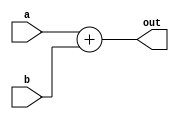
`timescale 1ns / 1ps
//////////////////////////////////////////////////////////////////////////////////
// Adder.v
//
// Created for Dr. Akoglu's Reconfigurable Computing Lab
//  at the University of Arizona
// 
// A simple adder.
//////////////////////////////////////////////////////////////////////////////////

module Adder #(
    parameter DATA_WIDTH_A = 8,
    parameter DATA_WIDTH_B = 8,
    parameter DATA_WIDTH_OUT = 8
)(
    input signed [DATA_WIDTH_A-1:0] a,
    input signed [DATA_WIDTH_B-1:0] b,
    output reg signed [DATA_WIDTH_OUT-1:0] out
);    
    always@(*) begin
        out = a + b;
    end
endmodule